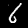
Label: 6